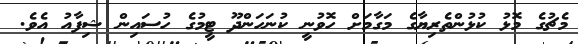
މެޗުގެ މޮޅު ކުޅުންތެރިޔާގެ މަގާމަށް ހޮވުނީ ކުނަހަންދޫ ޓީމުގެ ހުސައިން ޝިފާއު އެވެ.